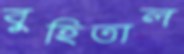
বুহিতাল